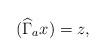
LaTeX: \begin{align*}(\widehat{\Gamma}_a x)=z,\end{align*}